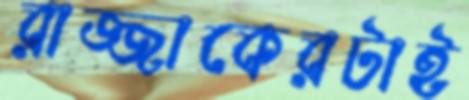
রাজ্জাকেরটাই